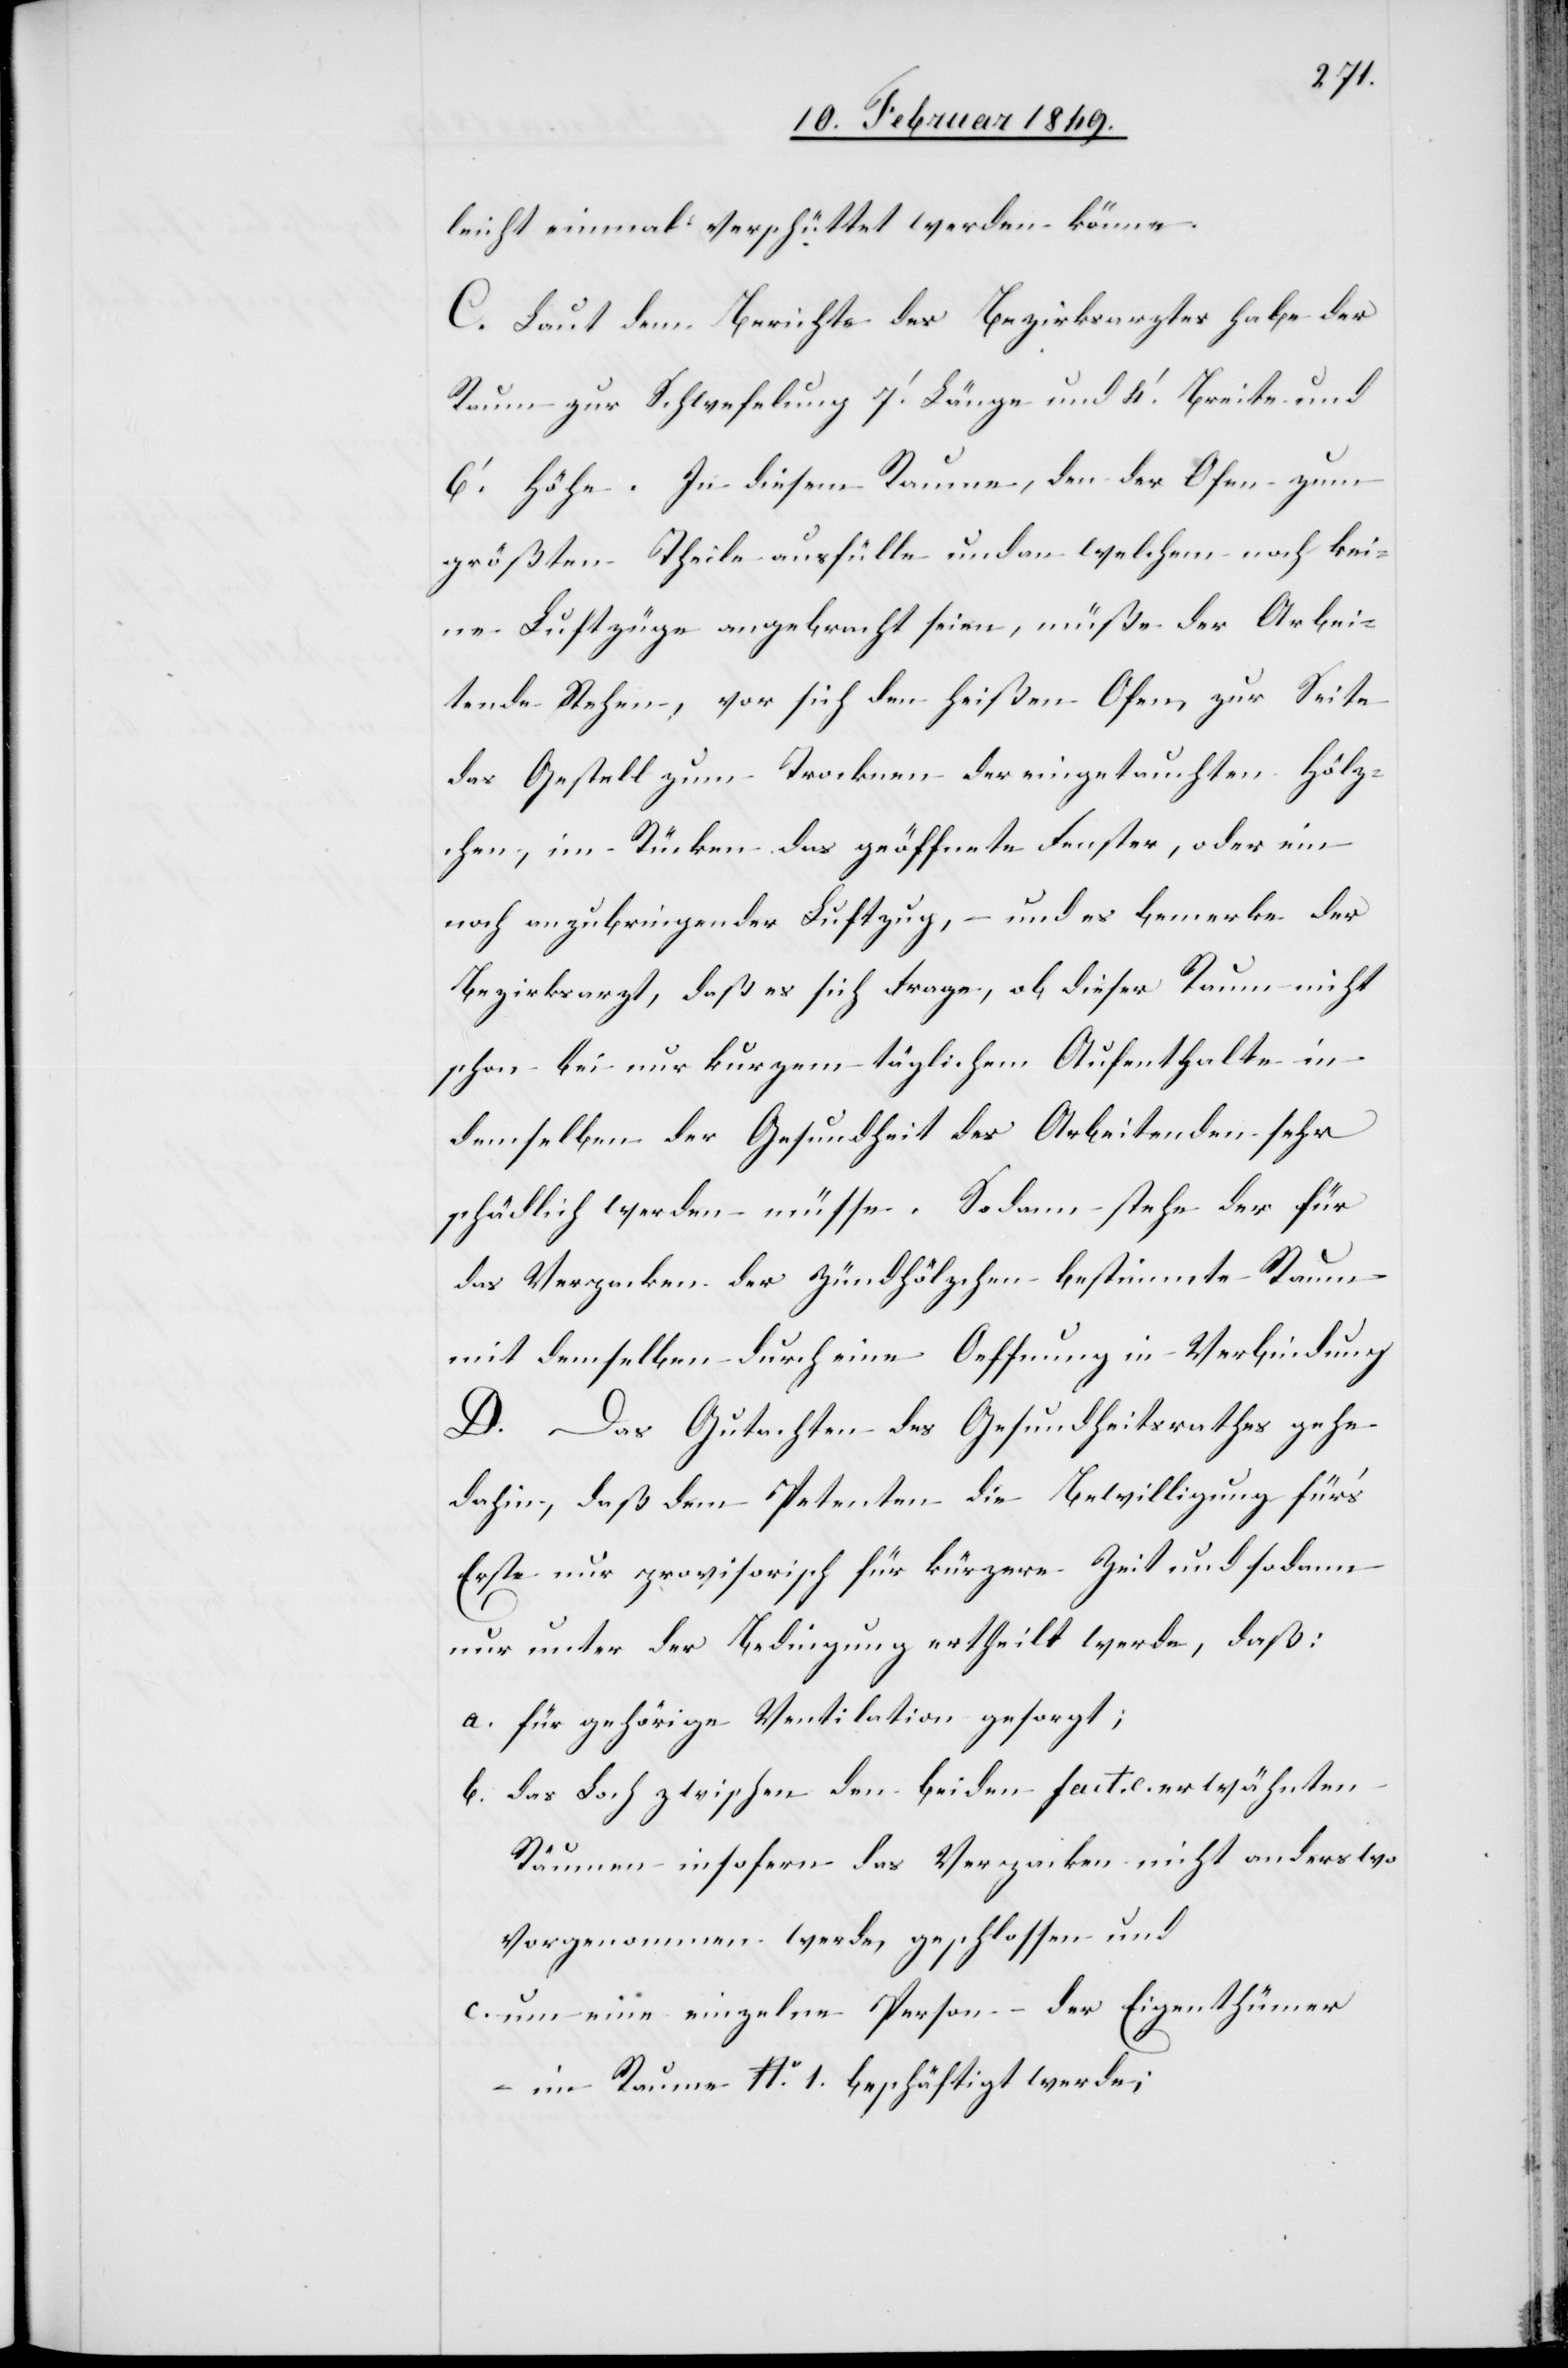
leicht einmal verschüttet werden könne.
C. Laut dem Berichte des Bezirksarztes habe der
Raum zur Schwefelung 7’. Länge und 4’. Breite und
6’. Höhe. In diesem Raume, den der Ofen zum
größten Theile ausfülle und an welchem noch kei¬
ne Luftzüge angebracht seien, müße der Arbei¬
tende Stehen, vor sich den heißen Ofen zur Seite
das Gestell zum Trocknen der eingetauchten Hölz¬
chen, im Rücken das geöffnete Fenster, oder ein
noch anzubringender Luftzug, – und es bemerke der
Bezirksarzt, daß es sich frage, ob dieser Raum nicht
schon bei nur kurzem täglichem Aufenthalte in
demselben der Gesundheit des Arbeitenden sehr
schädlich werden müsse. Sodann stehe der für
das Verpacken der Zündhölzchen bestimmte Raum
mit demselben durch eine Oeffnung in Verbindung
D. Das Gutachten des Gesundheitsrathes gehe
dahin, daß dem Petenten die Bewilligung für’s
Erste nur provisorisch für kürzere Zeit und sodann
nur unter der Bedingung ertheilt werde, daß:
a. für gehörige Ventilation gesorgt;
b. das Loch zwischen den beiden fact. c. erwähnten
Räumen insofern das Verpacken nicht anderswo
vorgenommen werde, geschlossen und
c. um eine einzelne Person – der Eigenthümer
– im Raume No. 1. beschäftigt werde;